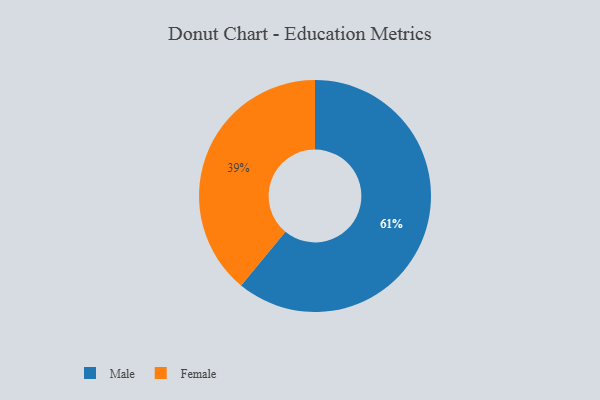
{"axis": {"x": "Category", "y": "Percentage"}, "legend": ["Female", "Male"], "data": [{"x": "Female", "y": 39, "type": "Female"}, {"x": "Male", "y": 61, "type": "Male"}]}